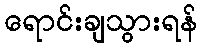
ရောင်းချသွားရန်